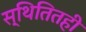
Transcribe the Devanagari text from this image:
स्थितितही